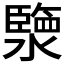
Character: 𤀩